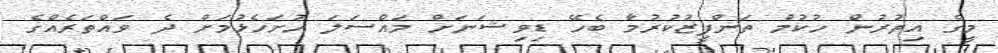
މީގެ އިތުރުން ހުކުމް ތަންފީޒުކުރުމާ ބެހޭ ޑިވިޝަނަށް މައްސަލަ ހުށަހެޅުމަށް ދެ ވައްތަރެއްގެ